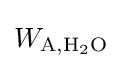
{W_{\mathrm {A} ,\mathrm {H_{2}O} }}